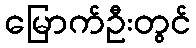
မြောက်ဦးတွင်